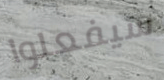
سيفعلوا